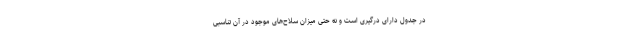
در جدول دارای درگیری است و نه حتی میزان سلاح‌های موجود در آن تناسبی